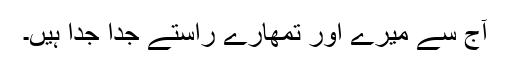
آج سے میرے اور تمھارے راستے جدا جدا ہیں۔